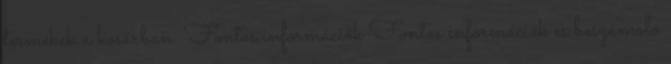
termékek a kosárban. Fontos információk Fontos információk és beszámoló